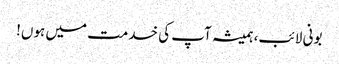
بونی لائب، ہمیشہ آپ کی خدمت میں ہوں!